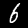
Digit: 6